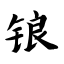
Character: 锒